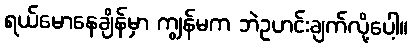
ရယ်မောနေချိန်မှာ ကျွန်မက ဘဲဥဟင်းချက်လို့ပေါ့။